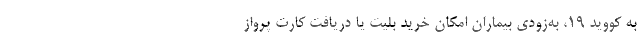
به کووید ۱۹، به‌زودی بیماران امکان خرید بلیت یا دریافت کارت پرواز